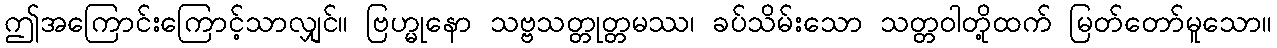
ဤအကြောင်းကြောင့်သာလျှင်။ ဗြဟ္မုနော သဗ္ဗသတ္တုတ္တမဿ၊ ခပ်သိမ်းသော သတ္တဝါတို့ထက် မြတ်တော်မူသော။